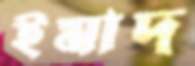
ইমাদ